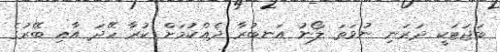
ބަޖަޓަކީ ދަރަނި ނުވަތަ ލޯނު އަނބުރާ ދެއްކުމަށް ކުރާ ހޭދަ އާއި ބޭރުގެ